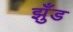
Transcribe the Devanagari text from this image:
झुँड